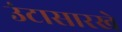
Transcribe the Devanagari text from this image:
उंटासारखे